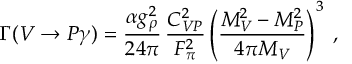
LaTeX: \Gamma ( V \rightarrow P \gamma ) = \frac { \alpha g _ { \rho } ^ { 2 } } { 2 4 \pi } \, \frac { C _ { V P } ^ { 2 } } { F _ { \pi } ^ { 2 } } \left( \frac { M _ { V } ^ { 2 } - M _ { P } ^ { 2 } } { 4 \pi M _ { V } } \right) ^ { 3 } \; ,